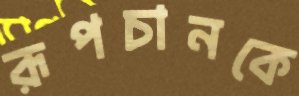
রূপচানকে